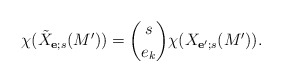
\begin{align*} \chi(\tilde X_{\mathbf e; s}(M')) = \binom{s}{e_k} \chi(X_{\mathbf e'; s}(M')).\end{align*}